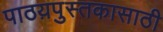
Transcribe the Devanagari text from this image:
पाठय़पुस्तकासाठी